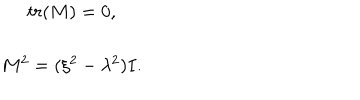
\begin{array} { c } { { t r ( M ) = 0 , } } \\ { { M ^ { 2 } = ( \xi ^ { 2 } - \lambda ^ { 2 } ) I . } } \\ \end{array}